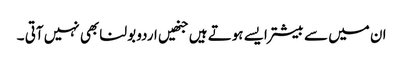
ان میں سے بیشتر ایسے ہوتے ہیں جنھیں اردو بولنا بھی نہیں آتی ۔